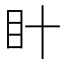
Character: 𭾗